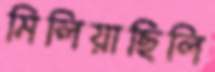
মিলিয়াছিলি